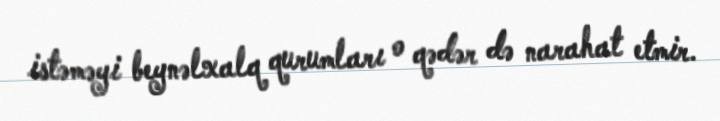
istəməyi beynəlxalq qurumları o qədər də narahat etmir.